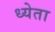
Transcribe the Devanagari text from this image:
ध्येता